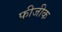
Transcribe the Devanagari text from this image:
फीजीक